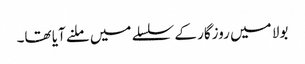
بولا میں روزگار کے سلسلے میں ملنے آیا تھا۔